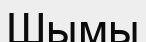
Шымы